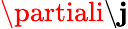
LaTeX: \partiali\backslash\mathbf{j}